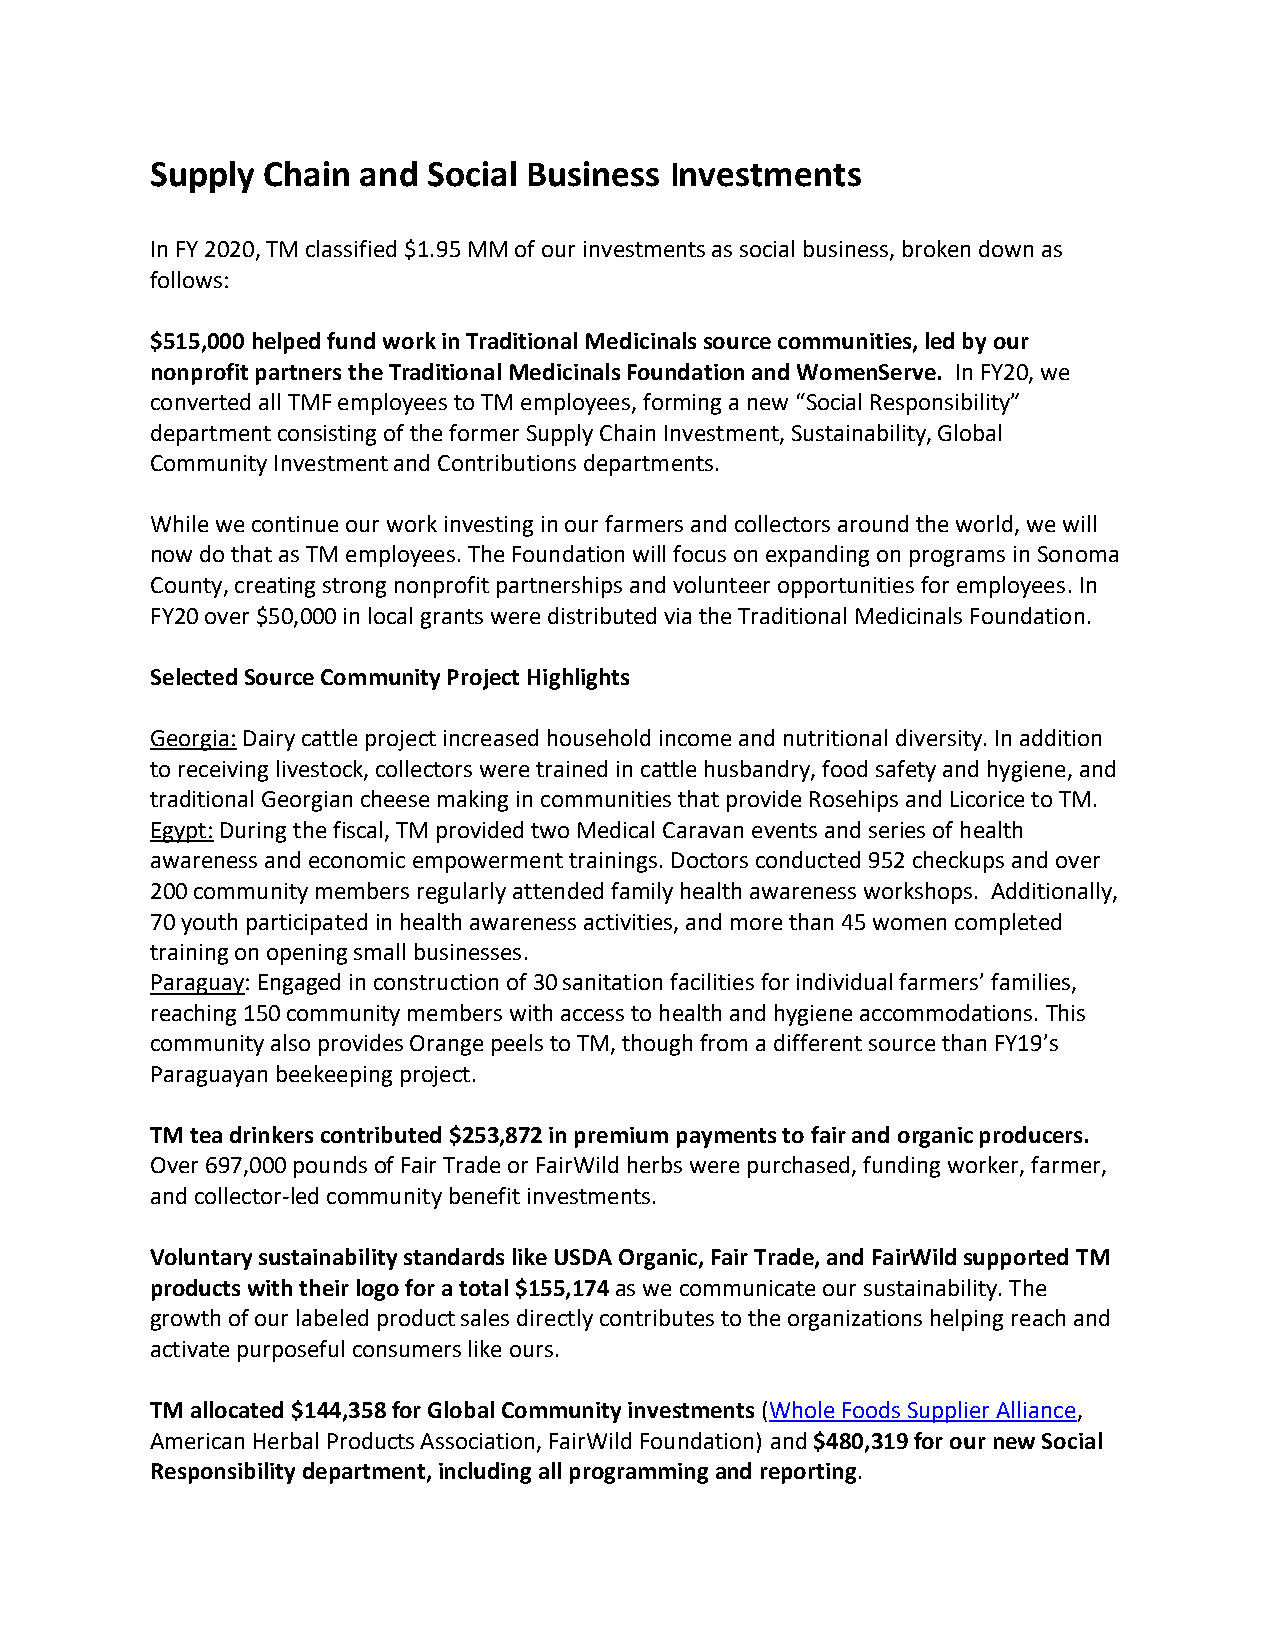
Supply Chain  and Social Business Investments
 In FY 2020, TM classified $1.95 MM of our investments as social business, broken down as
 follows:
 $515,000 helped fund work in Traditional Medicinals source communities, led by our
 nonprofit partners the Traditional Medicinals Foundation and WomenServe. In FY20, we
 converted all TMF employees to TM employees, forming a new “Social Responsibility”
 department consisting of the former Supply Chain Investment, Sustainability, Global
 Community Investment and Contributions departments.
 While we continue our work investing in our farmers and collectors around the world, we will
 now do that as TM employees. The Foundation will focus on expanding on programs in Sonoma
 County, creating strong nonprofit partnerships and volunteer opportunities for employees. In
 FY20 over $50,000 in local grants were distributed via the Traditional Medicinals Foundation.
 Selected Source Community Project Highlights
 Georgia: Dairy cattle project increased household income and nutritional diversity. In addition
 to receiving livestock, collectors were trained in cattle husbandry, food safety and hygiene, and
 traditional Georgian cheese making in communities that provide Rosehips and Licorice to TM.
 Egypt: During the fiscal, TM provided two Medical Caravan events and series of health
 awareness and economic empowerment trainings. Doctors conducted 952 checkups and over
 200 community members regularly attended family health awareness workshops. Additionally,
 70 youth participated in health awareness activities, and more than 45 women completed
 training on opening small businesses.
 Paraguay: Engaged in construction of 30 sanitation facilities for individual farmers’ families,
 reaching 150 community members with access to health and hygiene accommodations. This
 community also provides Orange peels to TM, though from a different source than FY19’s
 Paraguayan beekeeping project.
 TM tea drinkers contributed $253,872 in premium payments to fair and organic producers.
 Over 697,000 pounds of Fair Trade or FairWild herbs were purchased, funding worker, farmer,
 and collector-led community benefit investments.
 Voluntary sustainability standards like USDA Organic, Fair Trade, and FairWild supported TM
 products with their logo for a total $155,174 as we communicate our sustainability. The
 growth of our labeled product sales directly contributes to the organizations helping reach and
 activate purposeful consumers like ours.
 TM allocated $144,358 for Global Community investments (Whole Foods Supplier Alliance,
 American Herbal Products Association, FairWild Foundation) and $480,319 for our new Social
 Responsibility department, including all programming and reporting.